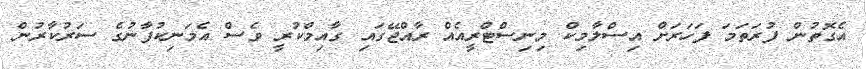
އެގޮތުން ފުރަތަމަ ފަހަރަށް އިސްލާމިކް މިނިސްޓްރީއެއް ރާއްޖޭގައި ގާއިމްކުރީ ވެސް އެމަނިކުފާނުގެ ސަރުކާރުން